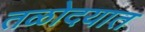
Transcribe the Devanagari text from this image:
तळोदयात